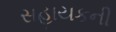
સહાયકની